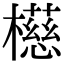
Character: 𪴆